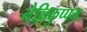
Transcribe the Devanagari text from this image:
नेल्लिकुप्पम